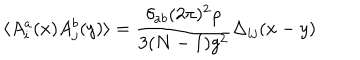
\langle A _ { i } ^ { a } ( x ) A _ { j } ^ { b } ( y ) \rangle = \frac { \delta _ { a b } ( 2 \pi ) ^ { 2 } \rho } { 3 ( N - 1 ) g ^ { 2 } } \Delta _ { i j } ( x - y )